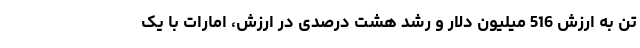
تن به ارزش 516 میلیون دلار و رشد هشت درصدی در ارزش، امارات با یک